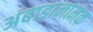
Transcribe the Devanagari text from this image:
अंबाडानामक